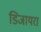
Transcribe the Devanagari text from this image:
डिजायरा